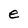
Character: e